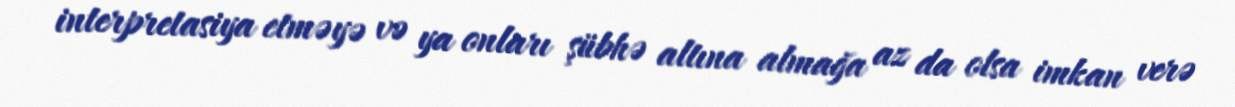
interpretasiya etməyə və ya onları şübhə altına almağa az da olsa imkan verə